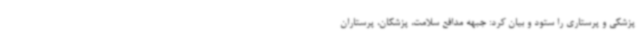
پزشکی و پرستاری را ستود و بیان کرد: جبهه مدافع سلامت، پزشکان، پرستاران